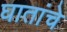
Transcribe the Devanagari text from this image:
घातांचे